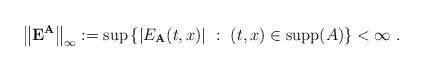
LaTeX: \begin{align*}\left\Vert \mathbf{E}^{\mathbf{A}}\right\Vert _{\infty }:=\sup \left\{\left\vert E_{\mathbf{A}}(t,x)\right\vert \ :\ (t,x)\in \mathrm{supp}(A)\right\} <\infty \ . \end{align*}